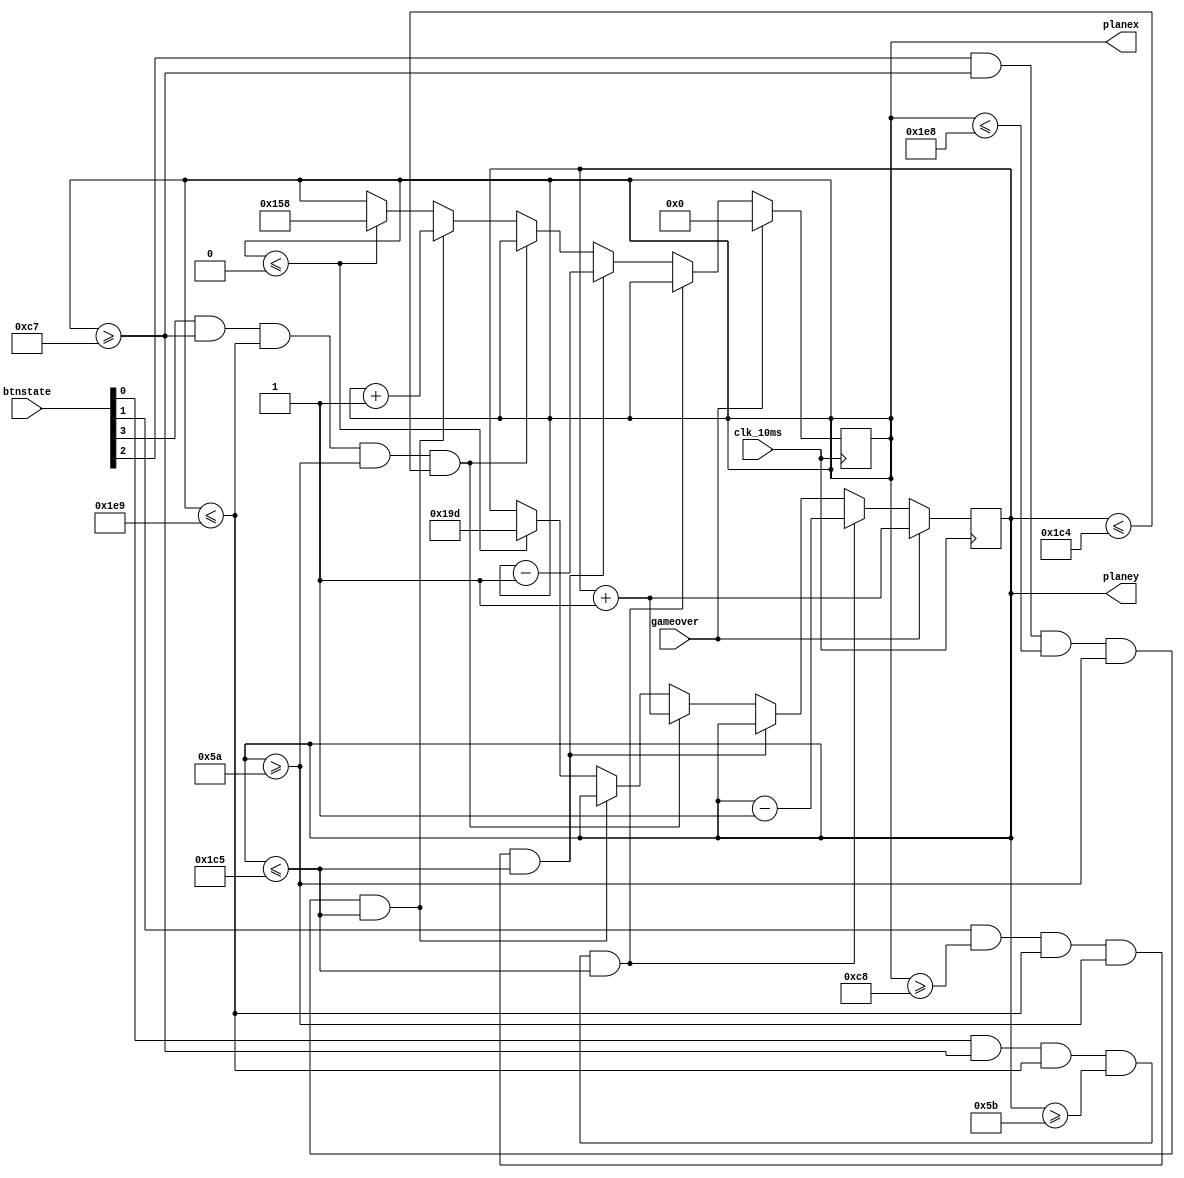
`timescale 1ns / 1ps
//////////////////////////////////////////////////////////////////////////////////
// Company: 
// Engineer: 
// 
// Design Name: 
// Module Name:    plane 
// Project Name: 
// Target Devices: 
// Tool versions: 
// Description: 
//
// Dependencies: 
//
// Revision: 
// Revision 0.01 - File Created
// Additional Comments: 
//
//////////////////////////////////////////////////////////////////////////////////
module plane(clk_10ms,gameover,btnstate,planex,planey);
//30*37
//290*363,144+40+15,31+40+19=(199,90)15,19~305,382
input clk_10ms;
input gameover;
input [3:0]btnstate;
output reg [9:0]planex;
output reg [9:0]planey;


initial begin
	planex<=160+184;
	planey<=342+71;
end

always@(posedge clk_10ms)begin
	if(gameover)begin
		planex<=0;
		planey<=planey+1;
	end
	else begin
		if(btnstate[0]&&(planex>=199)&&(planex<=489)&&(planey>=91)&&(planey<=453))
			planey<=planey-1;
		else if(btnstate[1]&&(planex>=200)&&(planex<=489)&&(planey>=90)&&(planey<=453))
			planex<=planex-1;
		else if(btnstate[3]&&(planex>=199)&&(planex<=489)&&(planey>=90)&&(planey<=452))
			planey<=planey+1;
		else if(btnstate[2]&&(planex>=199)&&(planex<=488)&&(planey>=90)&&(planey<=453))
			planex<=planex+1;
		else if(planex<=0) begin
			planex<=160+184;
			planey<=342+71;
		end
		else
			planex<=planex;
	end
end

endmodule